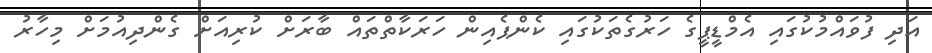
އަދި ފުވައްމުކުގައި އެމްޑީޕީގެ ހަރުގެތަކުގައި ކެންޕެއިން ހަރަކާތްތައް ބާރަށް ކުރިއަށް ގެންދިއުމަށް މިހާރު